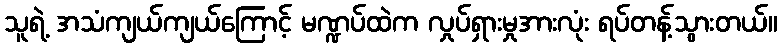
သူရဲ့ အသံကျယ်ကျယ်ကြောင့် မဏ္ဍပ်ထဲက လှုပ်ရှားမှုအားလုံး ရပ်တန့်သွားတယ်။